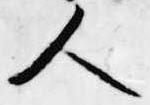
人